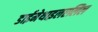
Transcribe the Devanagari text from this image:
डाईमेथाइलएलिल